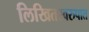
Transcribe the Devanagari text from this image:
लिखितस्वरुपात